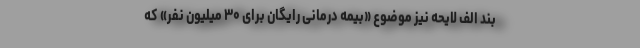
بند الف لایحه نیز موضوع «بیمه درمانی رایگان برای ۳۰ میلیون نفر» که